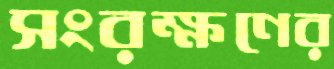
সংরক্ষণের